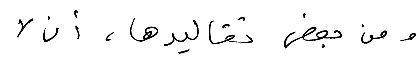
ومن بعض تقاليدها، أن لا